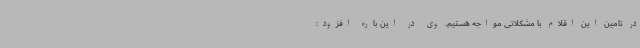
در تامین این‌ اقلام با مشکلاتی مواجه هستیم. وی در این باره افزود: